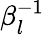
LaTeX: \beta_{l}^{-1}